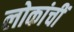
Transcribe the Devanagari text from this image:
लोकांचीं